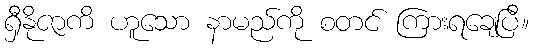
ရှီနိုဇာကိ ဟူသော နာမည်ကို စတင် ကြားရချေပြီ။